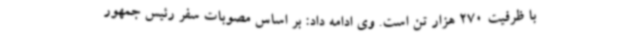
با ظرفیت 270 هزار تن است. وی ادامه داد: بر اساس مصوبات سفر رئیس جمهور